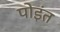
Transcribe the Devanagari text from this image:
पोइंत